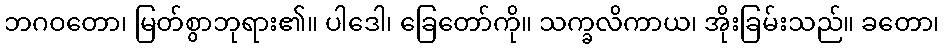
ဘဂဝတော၊ မြတ်စွာဘုရား၏။ ပါဒေါ၊ ခြေတော်ကို။ သက္ခလိကာယ၊ အိုးခြမ်းသည်။ ခတော၊